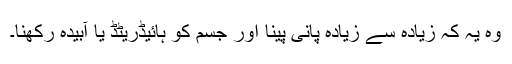
وہ یہ کہ زیادہ سے زیادہ پانی پینا اور جسم کو ہائیڈریٹڈ یا آبیدہ رکھنا۔